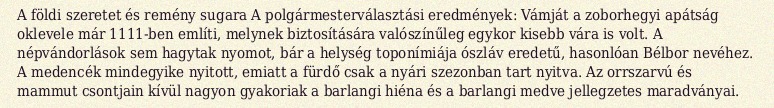
A földi szeretet és remény sugara A polgármesterválasztási eredmények: Vámját a zoborhegyi apátság oklevele már 1111-ben említi, melynek biztosítására valószínűleg egykor kisebb vára is volt. A népvándorlások sem hagytak nyomot, bár a helység toponímiája ószláv eredetű, hasonlóan Bélbor nevéhez. A medencék mindegyike nyitott, emiatt a fürdő csak a nyári szezonban tart nyitva. Az orrszarvú és mammut csontjain kívül nagyon gyakoriak a barlangi hiéna és a barlangi medve jellegzetes maradványai.